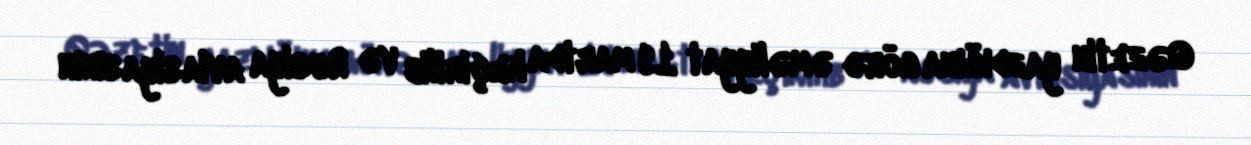
Qəzetin yazdığına görə əməliyyat 19 martda keçirilib və Rusiya aviasiyasının